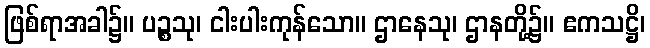
ဖြစ်ရာအခါ၌။ ပဉ္စသု၊ ငါးပါးကုန်သော။ ဌာနေသု၊ ဌာနတို့၌။ ဧကသဋ္ဌိ၊